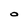
Character: 0